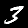
Label: 3